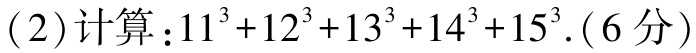
(2)计算：\(11^{3}+12^{3}+13^{3}+14^{3}+15^{3}\).(6分)